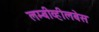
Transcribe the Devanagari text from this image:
लम्बीव्हीलबेस